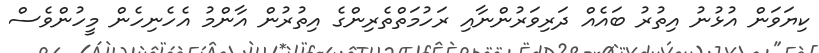
ކިޔަވަން އުޅުނު އިތުރު ބައެއް ދަރިވަރުންނާއި ރަހުމަތްތެރިންގެ އިތުރުން އާންމު އެހެނިހެން މީހުންވެސް